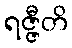
ရဇ္ဇီတိ